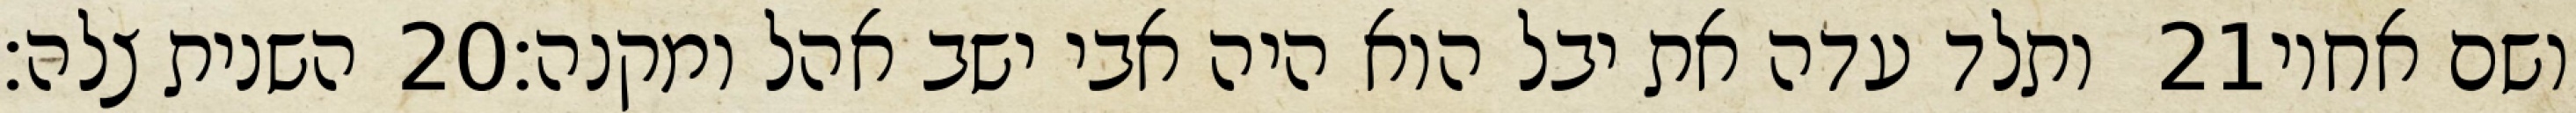
השנית צלה׃ ‎20‏ ותלד עדה את יבל הוא היה אבי ישב אהל ומקנה׃ ‎21‏ ושם אחיו